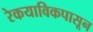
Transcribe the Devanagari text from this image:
रेकयाविकपासून